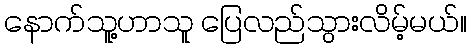
နောက်သူ့ဟာသူ ပြေလည်သွားလိမ့်မယ်။